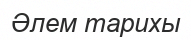
Әлем тарихы